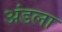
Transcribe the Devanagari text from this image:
अंडला